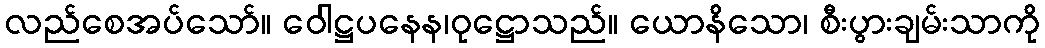
လည်စေအပ်သော်။ ဝေါဋ္ဌပနေန၊ဝုဋ္ဌောသည်။ ယောနိသော၊ စီးပွားချမ်းသာကို